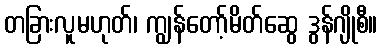
တခြားလူမဟုတ်၊ ကျွန်တော့်မိတ်ဆွေ ဒွန်ဂျိုစီ။